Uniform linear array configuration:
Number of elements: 8
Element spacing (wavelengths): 0.5
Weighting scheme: hann
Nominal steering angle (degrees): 60
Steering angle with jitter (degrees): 60.91
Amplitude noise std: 0.05
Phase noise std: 0.05

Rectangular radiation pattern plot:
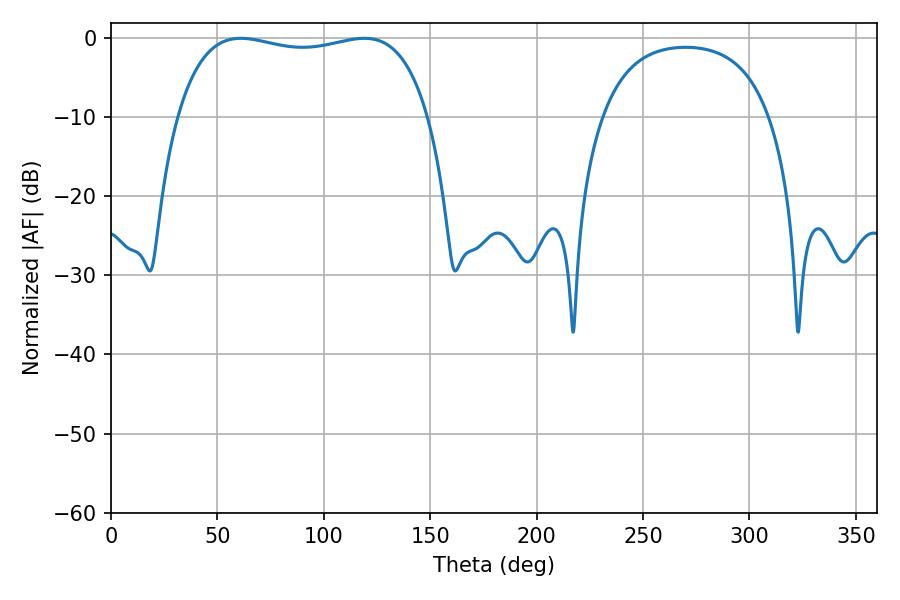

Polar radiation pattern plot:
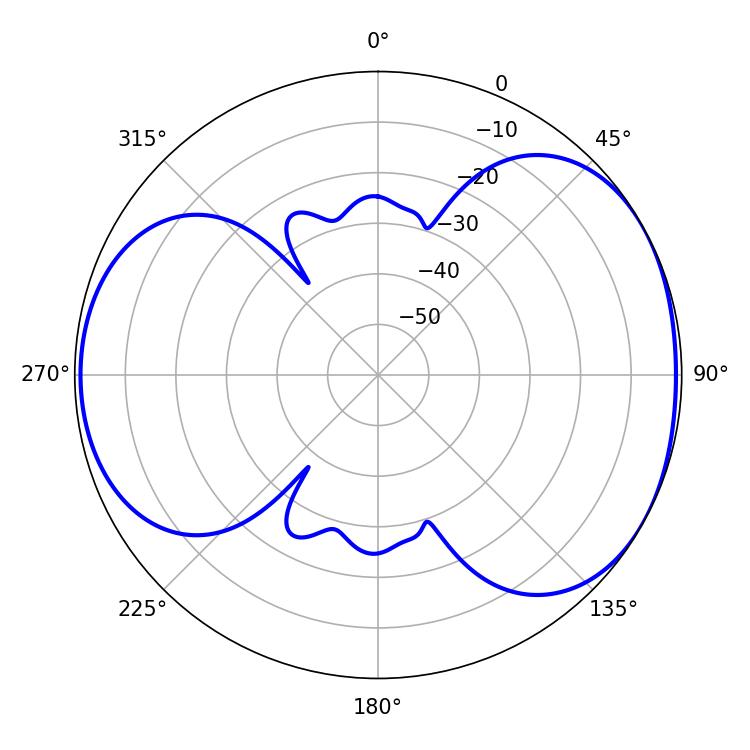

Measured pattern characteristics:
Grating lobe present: FALSE
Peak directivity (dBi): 4.768
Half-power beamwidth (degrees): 95.4
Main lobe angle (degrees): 61.02